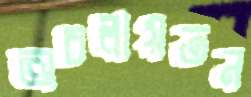
অচলায়তন